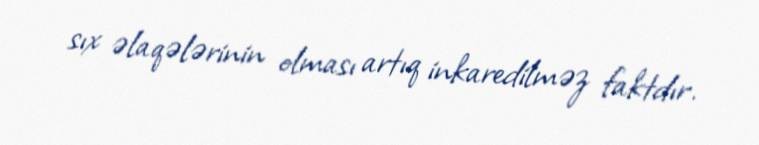
sıx əlaqələrinin olması artıq inkaredilməz faktdır.